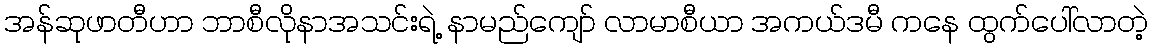
အန်ဆုဖာတီဟာ ဘာစီလိုနာအသင်းရဲ့ နာမည်ကျော် လာမာစီယာ အကယ်ဒမီ ကနေ ထွက်ပေါ်လာတဲ့